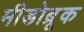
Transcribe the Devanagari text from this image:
मीडोब्रूक